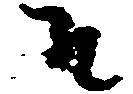
そ